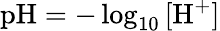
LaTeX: \textrm{pH}=-\log_{10}{[\textrm{H}^{+}]}